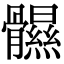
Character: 䯥